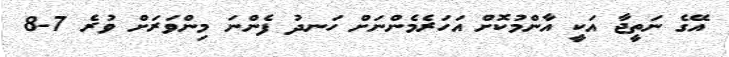
އޭގެ ނަތީޖާ އަކީ އާންމުކޮށް އަހަރެމެންނަށް ހަނދު ފެންނަ މިންވަރަށް ވުރެ 7-8